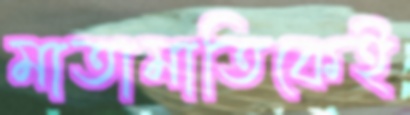
মাতামাতিকেই